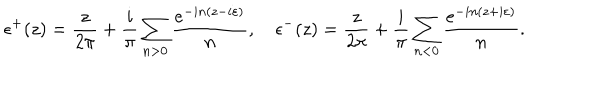
LaTeX: \epsilon ^ { + } ( z ) = \frac { z } { 2 \pi } + \frac { i } { \pi } \sum _ { n > 0 } \frac { e ^ { - i n ( z - i \varepsilon ) } } { n } , ~ \epsilon ^ { - } ( z ) = \frac { z } { 2 \pi } + \frac { i } { \pi } \sum _ { n < 0 } \frac { e ^ { - i n ( z + i \varepsilon ) } } { n } .